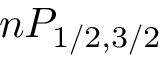
n P _ { 1 / 2 , 3 / 2 }